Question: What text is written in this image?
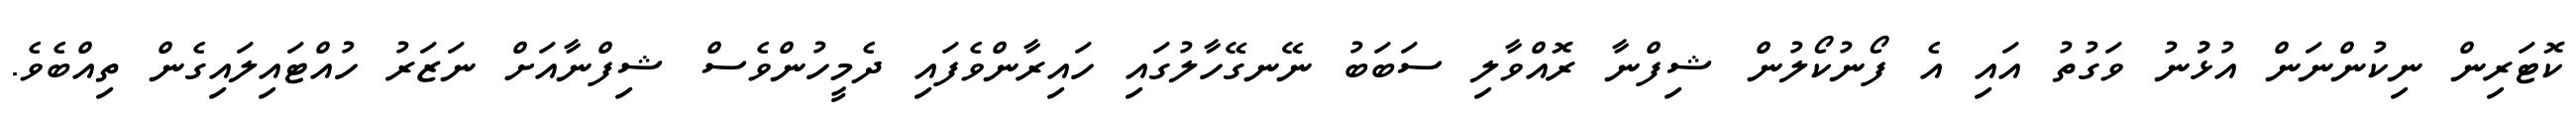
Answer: ކޮޓަރިން ނިކުންނަން އުޅުުނު ވަގުތު އައި އެ ފޯނުކޯލުން ޝިފްނާ ރޮއްވާލި ސަބަބު ނޭނގޭހާލުގައި ހައިރާންވެފައި ދެމީހުންވެސް ޝިފްނާއަށް ނަޒަރު ހުއްޓައިލައިގެން ތިއްބެވެ.